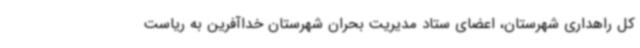
کل راهداری شهرستان، اعضای ستاد مدیریت بحران شهرستان خداآفرین به ریاست